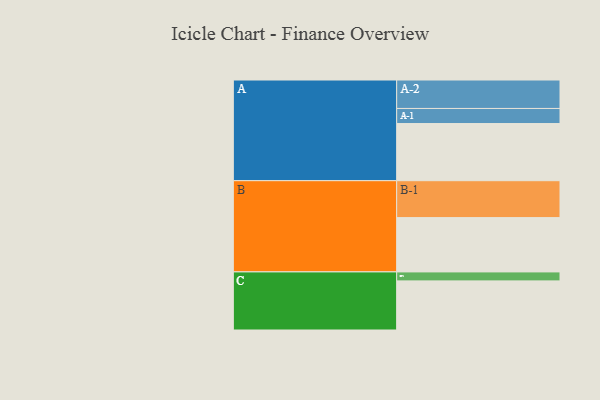
{"axis": {"x": "Segment", "y": "Value"}, "legend": ["", "A", "B", "C"], "data": [{"x": "A", "y": 440, "type": ""}, {"x": "B", "y": 418, "type": ""}, {"x": "C", "y": 378, "type": ""}, {"x": "A-1", "y": 116, "type": "A"}, {"x": "A-2", "y": 219, "type": "A"}, {"x": "B-1", "y": 284, "type": "B"}, {"x": "C-1", "y": 69, "type": "C"}]}